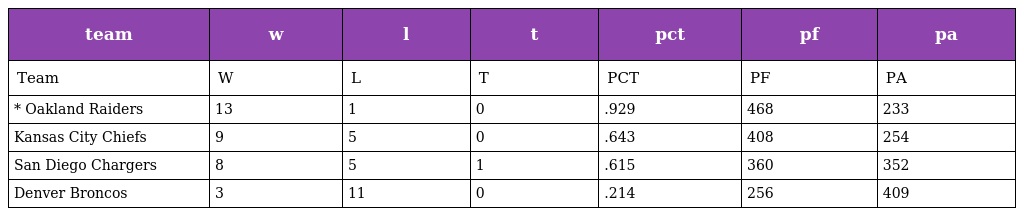
| team | w | l | t | pct | pf | pa |
 | --- | --- | --- | --- | --- | --- | --- |
 | Team | W | L | T | PCT | PF | PA |
 | * Oakland Raiders | 13 | 1 | 0 | .929 | 468 | 233 |
 | Kansas City Chiefs | 9 | 5 | 0 | .643 | 408 | 254 |
 | San Diego Chargers | 8 | 5 | 1 | .615 | 360 | 352 |
 | Denver Broncos | 3 | 11 | 0 | .214 | 256 | 409 |